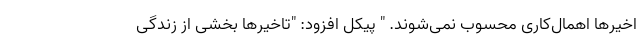
اخیرها اهمال‌کاری محسوب نمی‌شوند. " پیکل افزود: "تاخیرها بخشی از زندگی